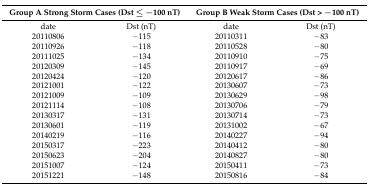
<table><thead><tr><td colspan="2"><b>Group A Strong Storm Cases (Dst ≤ −100 nT)</b></td><td colspan="2"><b>Group B Weak Storm Cases (Dst &gt; −100 nT)</b></td></tr></thead><tbody><tr><td>date</td><td>Dst (nT)</td><td>date</td><td>Dst (nT)</td></tr><tr><td>20110806</td><td>−115</td><td>20110311</td><td>−83</td></tr><tr><td>20110926</td><td>−118</td><td>20110528</td><td>−80</td></tr><tr><td>20111025</td><td>−134</td><td>20110910</td><td>−75</td></tr><tr><td>20120309</td><td>−145</td><td>20110917</td><td>−69</td></tr><tr><td>20120424</td><td>−120</td><td>20120617</td><td>−86</td></tr><tr><td>20121001</td><td>−122</td><td>20130607</td><td>−73</td></tr><tr><td>20121009</td><td>−109</td><td>20130629</td><td>−98</td></tr><tr><td>20121114</td><td>−108</td><td>20130706</td><td>−79</td></tr><tr><td>20130317</td><td>−131</td><td>20130714</td><td>−73</td></tr><tr><td>20130601</td><td>−119</td><td>20131002</td><td>−67</td></tr><tr><td>20140219</td><td>−116</td><td>20140227</td><td>−94</td></tr><tr><td>20150317</td><td>−223</td><td>20140412</td><td>−80</td></tr><tr><td>20150623</td><td>−204</td><td>20140827</td><td>−80</td></tr><tr><td>20151007</td><td>−124</td><td>20150411</td><td>−73</td></tr><tr><td>20151221</td><td>−148</td><td>20150816</td><td>−84</td></tr></tbody></table>